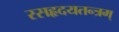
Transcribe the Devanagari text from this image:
रसहृदयतन्त्रम्